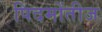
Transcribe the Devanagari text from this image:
पिदमोंतीज